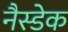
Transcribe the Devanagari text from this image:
नैस्डेक